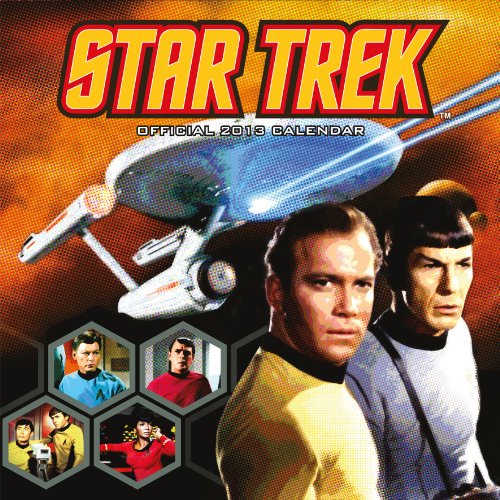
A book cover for Official Star Trek 2013 Calendar; Calendars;